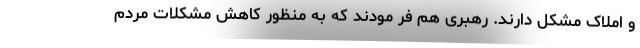
و املاک مشکل دارند. رهبری هم فر مودند که به منظور کاهش مشکلات مردم